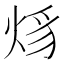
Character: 𤉒